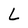
Character: L